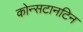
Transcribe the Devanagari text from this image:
कोन्सटानटिन